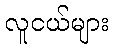
လူငယ်များ